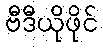
ဗီဒီယိုဖိုင်